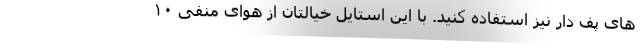
های پف دار نیز استفاده کنید. با این استایل خیالتان از هوای منفی ۱۰